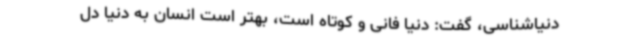
دنیاشناسی، گفت: دنیا فانی و کوتاه است، بهتر است انسان به دنیا دل